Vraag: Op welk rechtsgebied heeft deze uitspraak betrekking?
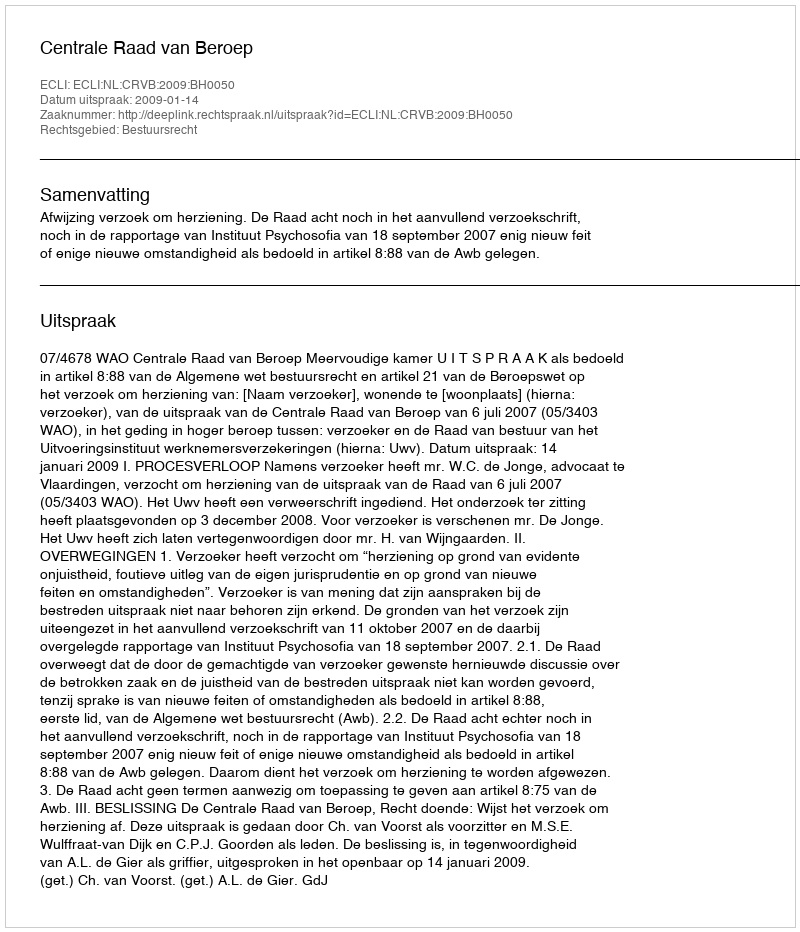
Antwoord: Bestuursrecht